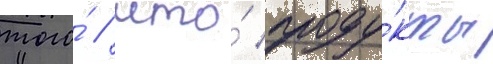
того́ / что́ проду́кты